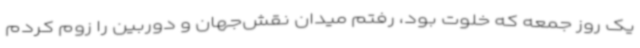
یک روز جمعه که خلوت بود، رفتم میدان نقش‌جهان و دوربین را زوم کردم